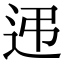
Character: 𨑩